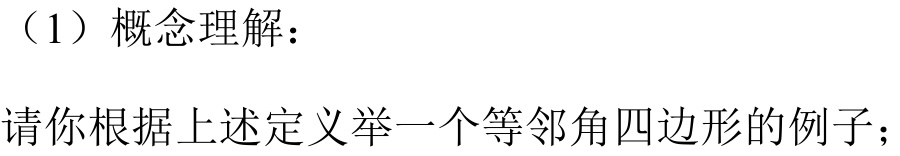
（1）概念理解：
请你根据上述定义举一个等邻角四边形的例子；